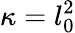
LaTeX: \kappa=l_{0}^{2}